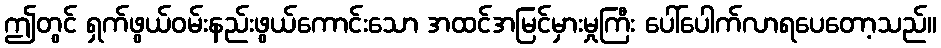
ဤတွင် ရှက်ဖွယ်ဝမ်းနည်းဖွယ်ကောင်းသော အထင်အမြင်မှားမှုကြီး ပေါ်ပေါက်လာရပေတော့သည်။